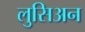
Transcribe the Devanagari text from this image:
लुसिअन